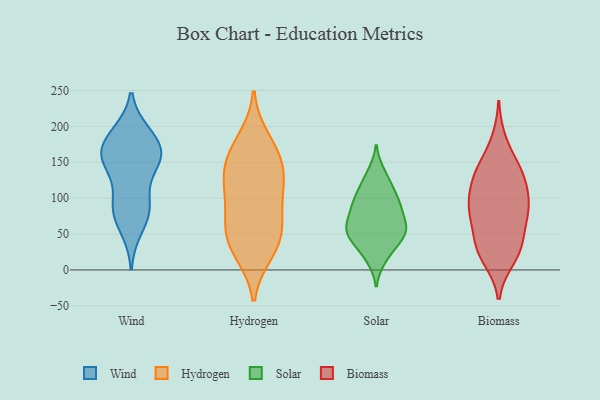
{"axis": {"x": "Active Users", "y": "Value"}, "legend": ["Biomass", "Hydrogen", "Solar", "Wind"], "data": [{"x": "", "y": 188, "type": "Wind"}, {"x": "", "y": 96, "type": "Wind"}, {"x": "", "y": 148, "type": "Wind"}, {"x": "", "y": 146, "type": "Wind"}, {"x": "", "y": 88, "type": "Wind"}, {"x": "", "y": 57, "type": "Wind"}, {"x": "", "y": 190, "type": "Wind"}, {"x": "", "y": 159, "type": "Wind"}, {"x": "", "y": 159, "type": "Wind"}, {"x": "", "y": 166, "type": "Wind"}, {"x": "", "y": 153, "type": "Wind"}, {"x": "", "y": 182, "type": "Wind"}, {"x": "", "y": 77, "type": "Wind"}, {"x": "", "y": 88, "type": "Wind"}, {"x": "", "y": 28, "type": "Hydrogen"}, {"x": "", "y": 104, "type": "Hydrogen"}, {"x": "", "y": 55, "type": "Hydrogen"}, {"x": "", "y": 72, "type": "Hydrogen"}, {"x": "", "y": 130, "type": "Hydrogen"}, {"x": "", "y": 159, "type": "Hydrogen"}, {"x": "", "y": 63, "type": "Hydrogen"}, {"x": "", "y": 41, "type": "Hydrogen"}, {"x": "", "y": 182, "type": "Hydrogen"}, {"x": "", "y": 167, "type": "Hydrogen"}, {"x": "", "y": 24, "type": "Hydrogen"}, {"x": "", "y": 131, "type": "Hydrogen"}, {"x": "", "y": 104, "type": "Hydrogen"}, {"x": "", "y": 139, "type": "Hydrogen"}, {"x": "", "y": 54, "type": "Solar"}, {"x": "", "y": 135, "type": "Solar"}, {"x": "", "y": 44, "type": "Solar"}, {"x": "", "y": 83, "type": "Solar"}, {"x": "", "y": 63, "type": "Solar"}, {"x": "", "y": 95, "type": "Solar"}, {"x": "", "y": 26, "type": "Solar"}, {"x": "", "y": 52, "type": "Solar"}, {"x": "", "y": 121, "type": "Solar"}, {"x": "", "y": 56, "type": "Solar"}, {"x": "", "y": 53, "type": "Solar"}, {"x": "", "y": 108, "type": "Solar"}, {"x": "", "y": 93, "type": "Solar"}, {"x": "", "y": 16, "type": "Solar"}, {"x": "", "y": 82, "type": "Solar"}, {"x": "", "y": 35, "type": "Biomass"}, {"x": "", "y": 85, "type": "Biomass"}, {"x": "", "y": 17, "type": "Biomass"}, {"x": "", "y": 96, "type": "Biomass"}, {"x": "", "y": 131, "type": "Biomass"}, {"x": "", "y": 78, "type": "Biomass"}, {"x": "", "y": 128, "type": "Biomass"}, {"x": "", "y": 144, "type": "Biomass"}, {"x": "", "y": 77, "type": "Biomass"}, {"x": "", "y": 136, "type": "Biomass"}, {"x": "", "y": 81, "type": "Biomass"}, {"x": "", "y": 29, "type": "Biomass"}, {"x": "", "y": 178, "type": "Biomass"}, {"x": "", "y": 121, "type": "Biomass"}, {"x": "", "y": 34, "type": "Biomass"}, {"x": "", "y": 87, "type": "Biomass"}, {"x": "", "y": 28, "type": "Biomass"}]}